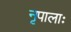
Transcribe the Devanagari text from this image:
नृपालाः